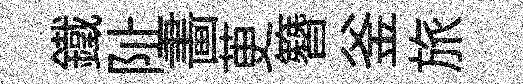
鐵阯畵茰簪釜旅